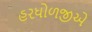
હરધોળજીએ